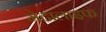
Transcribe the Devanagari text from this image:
मेटालाइफ